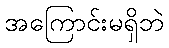
အကြောင်းမရှိဘဲ